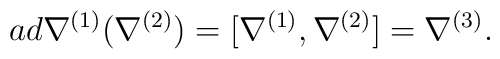
ad\nabla^{(1)}(\nabla^{(2)})=[\nabla^{(1)},\nabla^{(2)}]=\nabla^{(3)}.